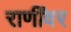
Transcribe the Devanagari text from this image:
राणींवर